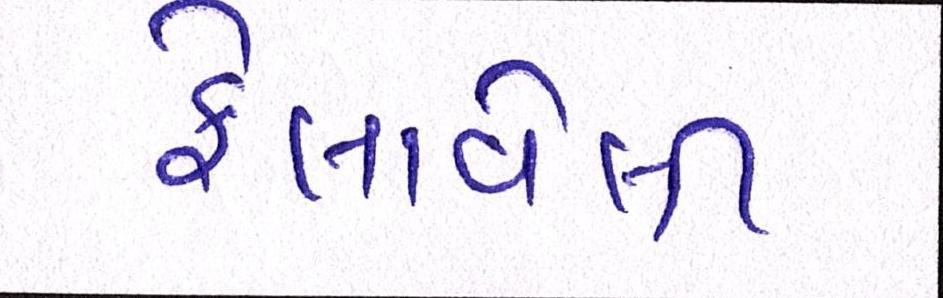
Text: ફેલાવેલી